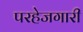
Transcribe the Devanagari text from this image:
परहेजगारी